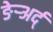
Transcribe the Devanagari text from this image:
ङेर्‍अर्द्